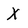
Character: X